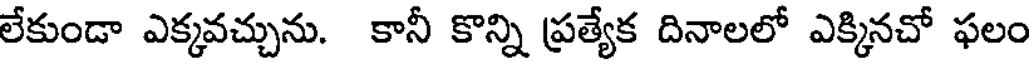
లేకుండా ఎక్కవచ్చును. కానీ కొన్ని ప్రత్యేక దినాలలో ఎక్కినచో ఫలం